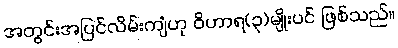
အတွင်းအပြင်လိမ်းကျံဟု ဝိဟာရ(၃)မျိုးပင် ဖြစ်သည်။